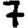
Digit: 7